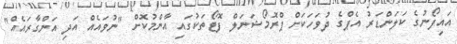
އައިފޯނުގެ ކަލަންޑަރު އެޕްގެ ދުވަހަކަށް ޕްރޮމޯޝަނަލް ފޮޓޯތަކުގައި އާންމުކޮށް "ނުވައެއް އަދި އަންގާރައެއް"